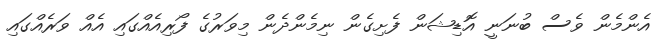
އެންމެން ވެސް ބުނަނީ އޮޑިޝަން ފެށިގެން ނިމެންދެން މިވަރުގެ ފޯރިއެއްގައި އެއް ވަރެއްގައި